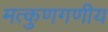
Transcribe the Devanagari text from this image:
मत्कुणगणीय